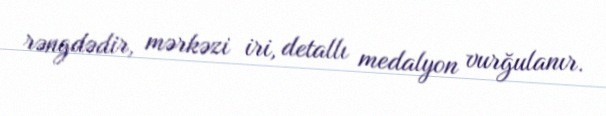
rəngdədir, mərkəzi iri, detallı medalyon vurğulanır.